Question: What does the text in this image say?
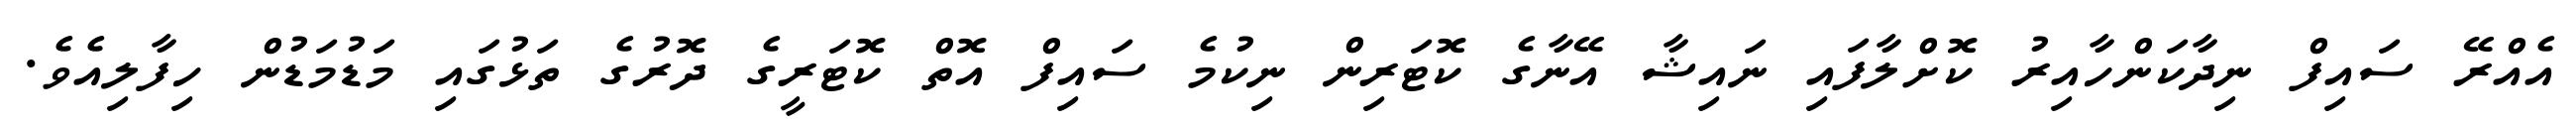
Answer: އެއްރޭ ސައިފް ނިދާކަންހާއިރު ކޮށްލާފައި ނައިޝާ އޭނާގެ ކޮޓަރިން ނިކުމެ ސައިފް އޮތް ކޮޓަރީގެ ދޮރުގެ ތަޅުގައި މަޑުމަޑުން ހިފާލިއެވެ.